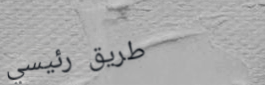
طريق رئيسي